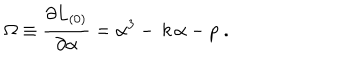
\Omega \equiv \frac { \partial L _ { ( 0 ) } } { \partial \alpha } = \alpha ^ { 3 } - \, k \, \alpha - p \; .